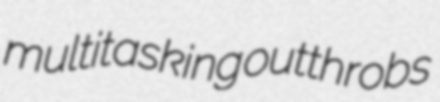
multitasking outthrobs